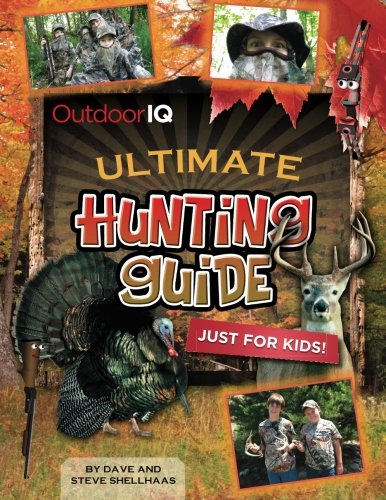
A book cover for Outdoor Kids Club Ultimate Hunting Guide; Dave Shellhaas; Sports & Outdoors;